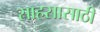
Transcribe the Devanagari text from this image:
साहसासाठी